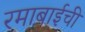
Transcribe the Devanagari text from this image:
रमाबाईची